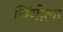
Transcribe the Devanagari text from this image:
चिंगोला